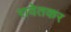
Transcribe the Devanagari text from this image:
रावेतकर